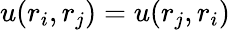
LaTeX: u(r_{i},r_{j})=u(r_{j},r_{i})